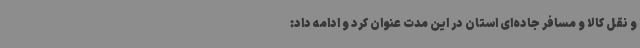
و نقل کالا و مسافر جاده‌ای استان در این مدت عنوان کرد و ادامه داد: